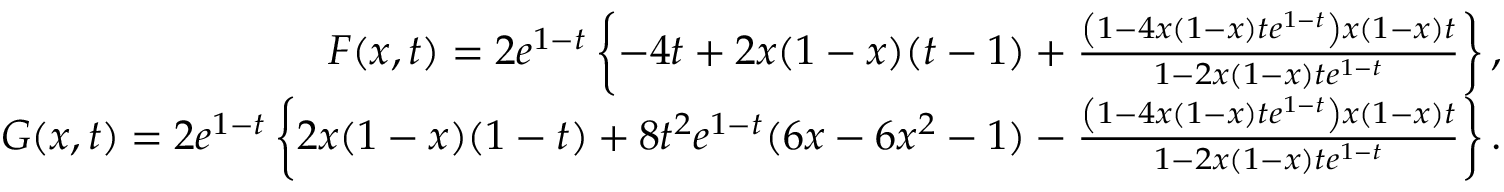
\begin{array} { r } { F ( x , t ) = 2 e ^ { 1 - t } \left\{ - 4 t + 2 x ( 1 - x ) ( t - 1 ) + \frac { \left( 1 - 4 x ( 1 - x ) t e ^ { 1 - t } \right) x ( 1 - x ) t } { 1 - 2 x ( 1 - x ) t e ^ { 1 - t } } \right\} , } \\ { G ( x , t ) = 2 e ^ { 1 - t } \left\{ 2 x ( 1 - x ) ( 1 - t ) + 8 t ^ { 2 } e ^ { 1 - t } ( 6 x - 6 x ^ { 2 } - 1 ) - \frac { \left( 1 - 4 x ( 1 - x ) t e ^ { 1 - t } \right) x ( 1 - x ) t } { 1 - 2 x ( 1 - x ) t e ^ { 1 - t } } \right\} . } \end{array}